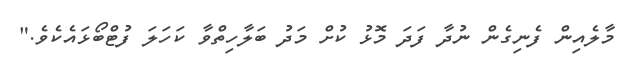
މާލެއިން ފެނިގެން ނުދާ ފަދަ މޮޅު ކުށް މަދު ބަލާހިތްވާ ކަހަލަ ފުޓްބޯޅައެކެވެ."